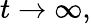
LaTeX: t\rightarrow\infty,